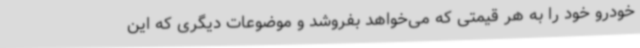
خودرو خود را به هر قیمتی که می‌خواهد بفروشد و موضوعات دیگری که این